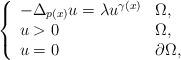
LaTeX: \begin{align*}\left\{\begin{array}{ll}-\Delta _{p(x)}u=\lambda u^{\gamma (x)} & \Omega , \\u>0 & \Omega , \\u=0 & \partial \Omega ,\end{array}\right. \end{align*}